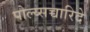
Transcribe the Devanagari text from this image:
पोल्य्सच्चारिदे